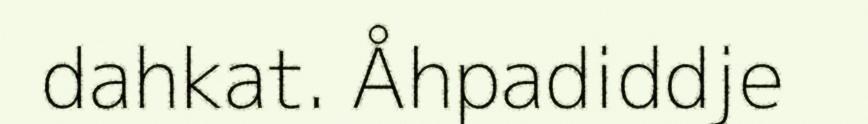
dahkat. Åhpadiddje